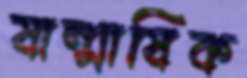
ষান্মাষিক